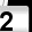
Digit: 2